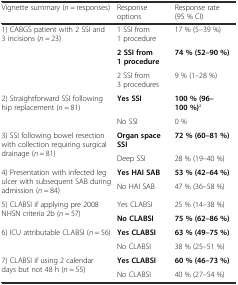
| Vignette summary (n = responses) | Response options | Response rate (95 % CI) |
 | --- | --- | --- |
 | <ROWSPAN=3> 1) CABGS patient with 2 SSI and 3 incisions (n = 23) | 1 SSI from 1 procedure | 17 % (5–39 %) |
 | 2 SSI from 1 procedure | 74 % (52–90 %) |
 | 2 SSI from 3 procedures | 9 % (1–28 %) |
 | <ROWSPAN=2> 2) Straightforward SSI following hip replacement (n = 81) | Yes SSI | 100 % (96–100 %)a |
 | No SSI | 0 % |
 | <ROWSPAN=2> 3) SSI following bowel resection with collection requiring surgical drainage (n = 81) | Organ space SSI | 72 % (60–81 %) |
 | Deep SSI | 28 % (19–40 %) |
 | <ROWSPAN=2> 4) Presentation with infected leg ulcer with subsequent SAB during admission (n = 84) | Yes HAI SAB | 53 % (42–64 %) |
 | No HAI SAB | 47 % (36–58 %) |
 | <ROWSPAN=2> 5) CLABSI if applying pre 2008 NHSN criteria 2b (n = 57) | Yes CLABSI | 25 % (14–38 %) |
 | No CLABSI | 75 % (62–86 %) |
 | <ROWSPAN=2> 6) ICU attributable CLABSI (n = 56) | Yes CLABSI | 63 % (49–75 %) |
 | No CLABSI | 38 % (25–51 %) |
 | <ROWSPAN=2> 7) CLABSI if using 2 calendar days but not 48 h (n = 55) | Yes CLABSI | 60 % (46–73 %) |
 | No CLABSI | 40 % (27–54 %) |